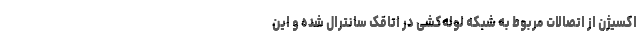
اکسیژن از اتصالات مربوط به شبکه لوله‌کشی در اتاقک سانترال شده و این